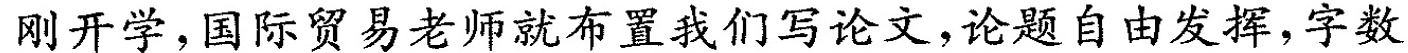
刚开学，国际贸易老师就布置我们写论文，论题自由发挥，字数